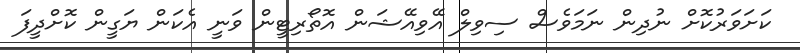
ކަށަވަރުކޮށް ނުދިން ނަމަވެސް ސިވިލް އޭވިއޭޝަން އޮތޯރިޓީން ވަނީ އެކަން ޔަގީން ކޮށްދީފަ